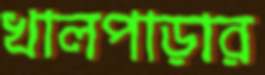
খালপাড়ার